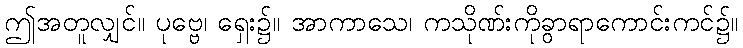
ဤအတူလျှင်။ ပုဗ္ဗေ၊ ရှေး၌။ အာကာသေ၊ ကသိုဏ်းကိုခွာရာကောင်းကင်၌။